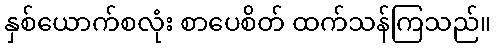
နှစ်ယောက်စလုံး စာပေစိတ် ထက်သန်ကြသည်။